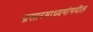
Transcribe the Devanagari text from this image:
प्रसारमाध्‍यमांमधील